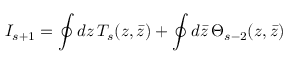
I _ { s + 1 } = \oint d z \, T _ { s } ( z , \bar { z } ) + \oint d \bar { z } \, \Theta _ { s - 2 } ( z , \bar { z } )